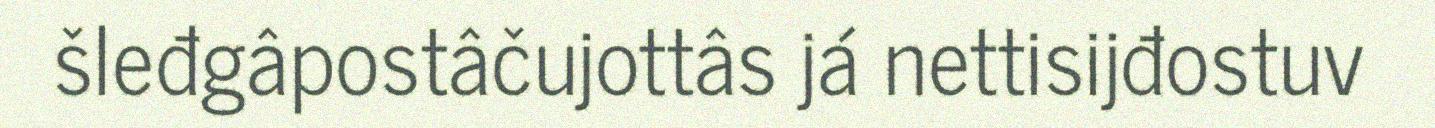
šleđgâpostâčujottâs já nettisijđostuv